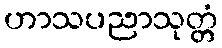
ဟာသပညာသုတ္တံ